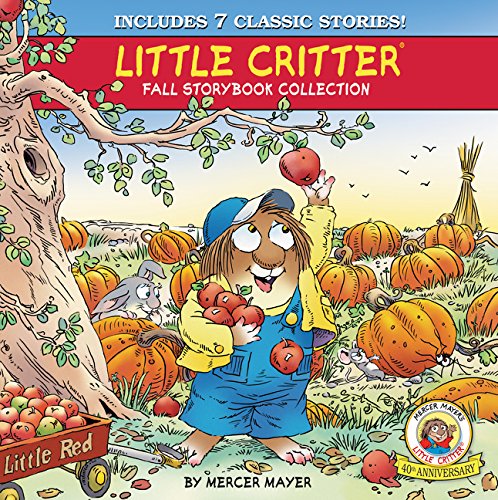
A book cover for Little Critter Fall Storybook Collection: 7 Classic Stories; Mercer Mayer; Children's Books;